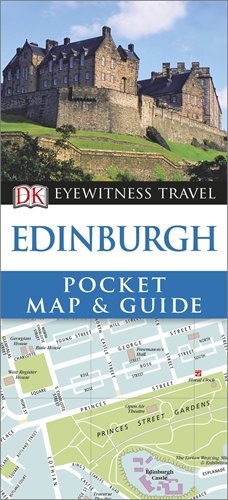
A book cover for DK Eyewitness Pocket Map and Guide: Edinburgh; Travel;